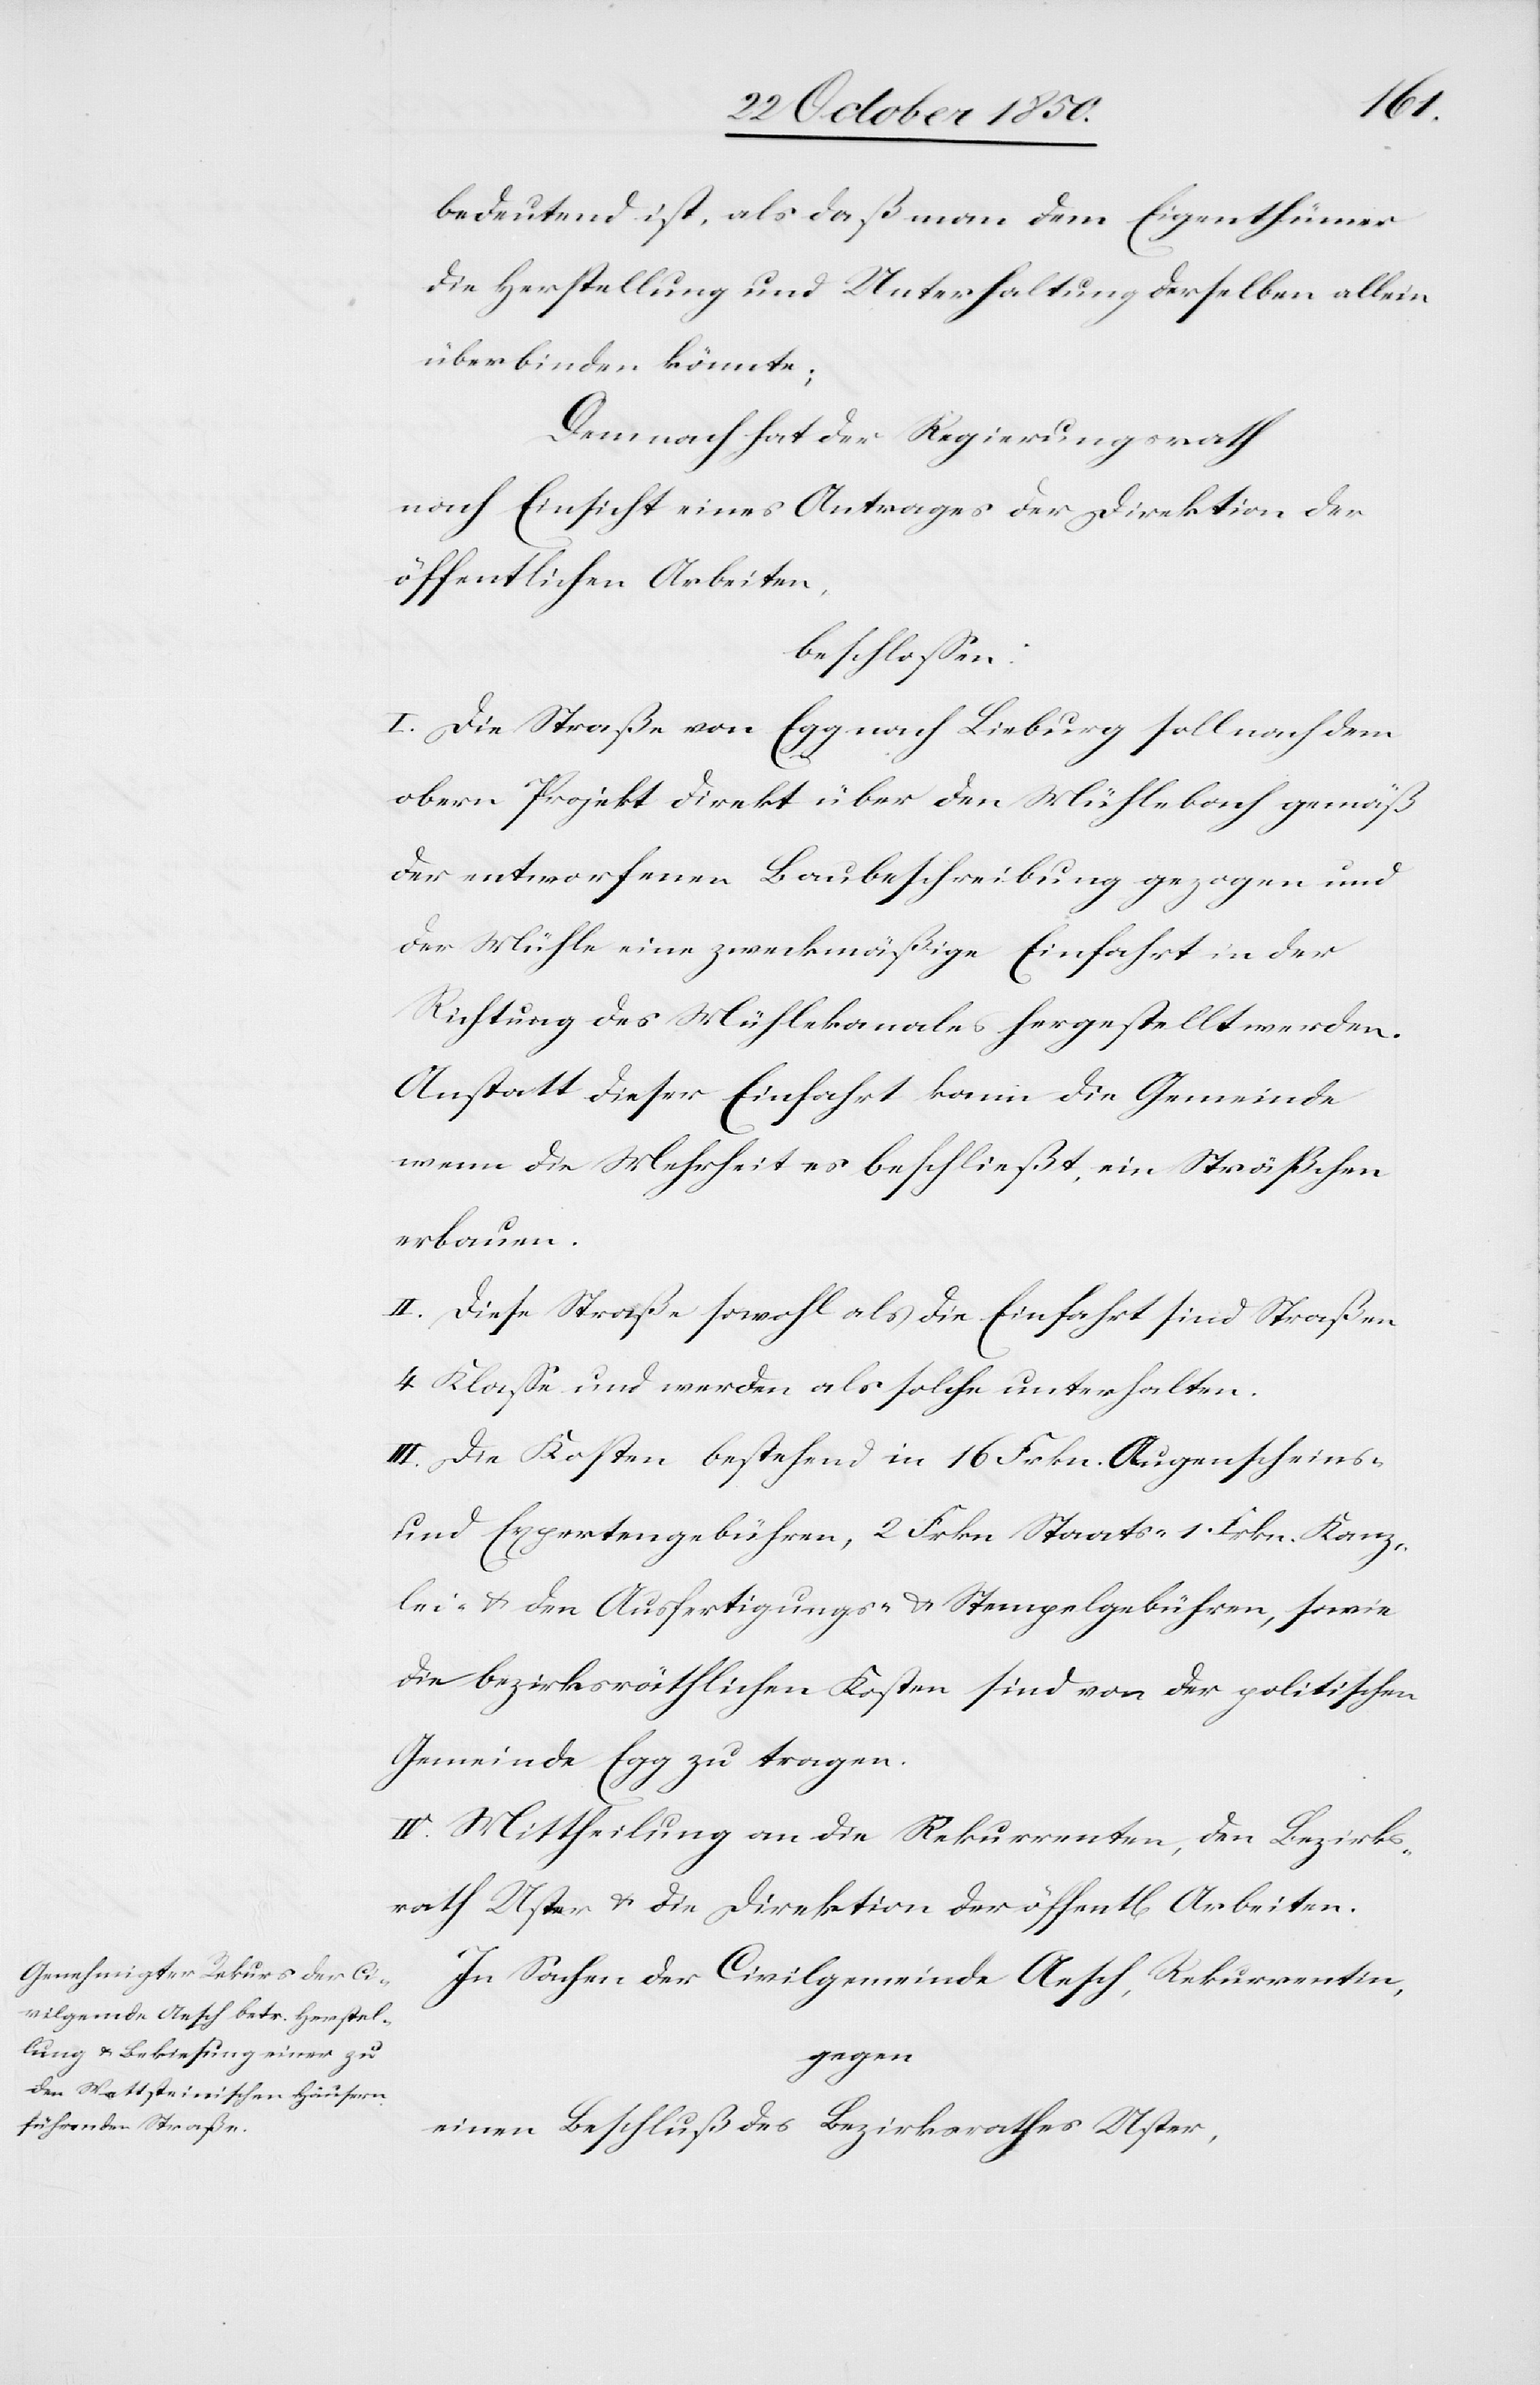
bedeutend ist, als daß man dem Eigenthümer
die Herstellung und Unterhaltung derselben allein
überbinden könnte;
Demnach hat der Regierungsrath
nach Einsicht eines Antrages der Direktion der
öffentlichen Arbeiten,
beschlossen:
I. Die Straße von Egg nach Lieburg soll nach dem
obern Projekt direkt über den Mühlebach gemäß
der entworfenen Baubeschreibung gezogen und
der Mühle eine zweckmäßige Einfahrt in der
Richtung des Mühlekanales hergestellt werden.
Anstatt dieser Einfahrt kann die Gemeinde
wenn die Mehrheit es beschließt, ein Sträßchen
erbauen.
II. Diese Straße sowohl als die Einfahrt sind Straßen
4 Klasse und werden als solche unterhalten.
III. Die Kosten bestehend in 16 Frkn. Augenscheins-
und Expertengebühren, 2 Frkn. Staats- 1. Frkn. Kanz¬
lei- u. den Ausfertigungs- u. Stempelgebühren, sowie
die bezirksräthlichen Kosten sind von der politischen
Gemeinde Egg zu tragen.
IV. Mittheilung an die Rekurrenten, den Bezirks¬
rath Uster u. die Direktion der öffentlichen Arbeiten.
In Sachen der Civilgemeinde Aesch, Rekurrenten,
gegen
einen Beschluß des Bezirksrathes Uster,